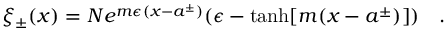
\xi _ { \pm } ( x ) = N e ^ { m \epsilon ( x - a ^ { \pm } ) } ( \epsilon - \operatorname { t a n h } [ m ( x - a ^ { \pm } ) ] ) \quad .